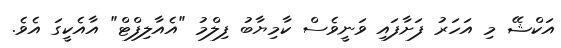
އަކްޝޭ މި އަހަރު ފަށާފައި ވަނީވެސް ކާމިޔާބު ފިލްމު "އެއާލިފްޓް" އާއެކީގަ އެވެ.